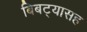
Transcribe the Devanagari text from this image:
बिबट्यासह